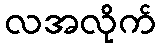
လအလိုက်